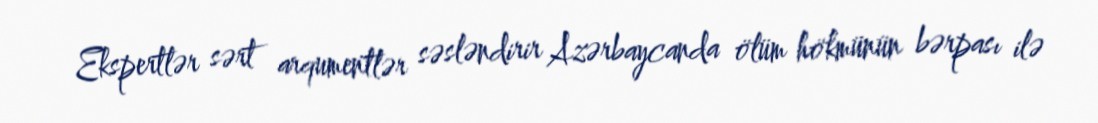
Ekspertlər sərt arqumentlər səsləndirir Azərbaycanda ölüm hökmünün bərpası ilə